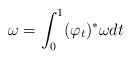
LaTeX: \begin{align*} \omega = \int_0^1 (\varphi_t)^*\omega_{} dt \end{align*}